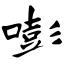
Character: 嘭